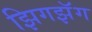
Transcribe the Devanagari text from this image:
झिगझॅग